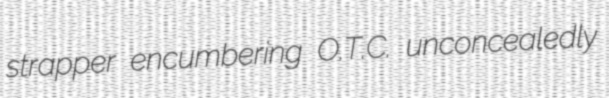
strapper encumbering O.T.C. unconcealedly